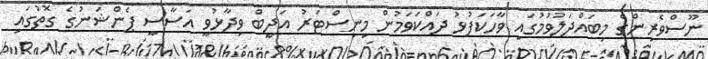
ނޫސްވެރިންގެ މިބައްދަލުވުމުގައި ވާހަކަފުޅު ދައްކަވަމުން މިނިސްޓަރު އަދީބް ވިދާޅުވީ އަސާސީ ޕެންޝަނުގެ ގޮތުގައި